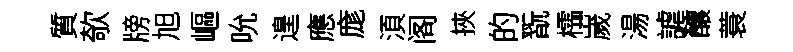
質欹牓旭嶇吮遑應庬湏阁挾的翫櫺嵗湯謔釀蓑